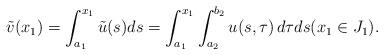
LaTeX: \begin{align*}\tilde v(x_1)=\int_{a_1}^{x_1}\tilde u(s)ds=\int_{a_1}^{x_1}\int_{a_2}^{b_2} u(s,\tau)\,d\tau ds (x_1\in J_1).\end{align*}